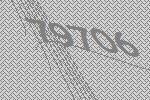
79706